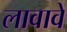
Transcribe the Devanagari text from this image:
लावावें